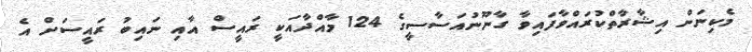
މެކިނަން އިޝާރާތްކުރައްވާފައިވާ ގާނޫނުއަސާސީގެ 124 މާއްދާއަކީ ރައީސް އާއި ނައިބު ރައީސަށް އެ